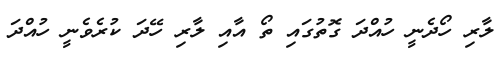
ލާރި ހޯދެނީ ހުއްދަ ގޮތުގައި ތޯ އާއި ލާރި ހޭދަ ކުރެވެނީ ހުއްދަ